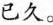
已久